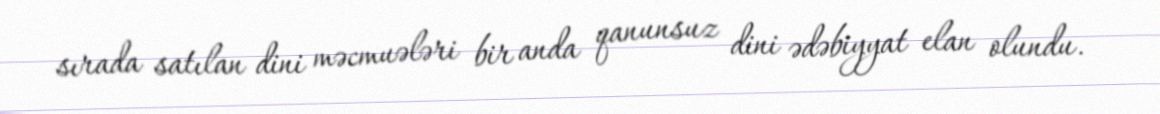
sırada satılan dini məcmuələri bir anda qanunsuz dini ədəbiyyat elan olundu.